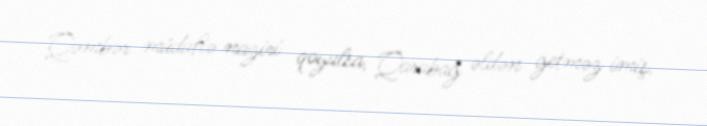
Qəmbər müdafiə naziri qoyulsa, Qarabağ əldən getməz imiş.